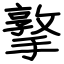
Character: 撉